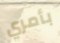
بأمري